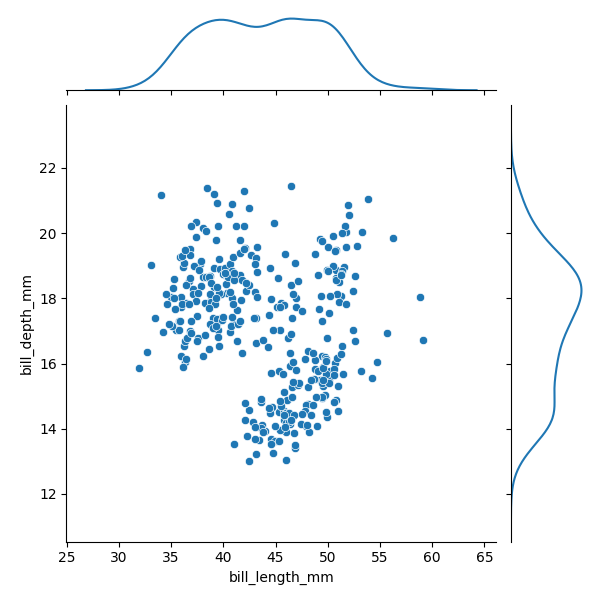
python, seaborn, JointGrid, scatterplot, kdeplot